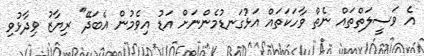
އެ ވަސީލަތްތައް ނެތް ވާހަކަތައް އަޅުގަނޑުމެންނަށް އަޑު އިވެމުން އެބަދޭ" ރިޔާޒު ވިދާޅުވި